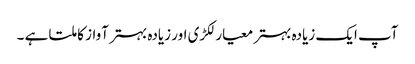
آپ ایک زیادہ بہتر معیار لکڑی اور زیادہ بہتر آواز کا ملتا ہے ۔